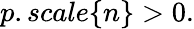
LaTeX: p.scale\{ n\} >0.